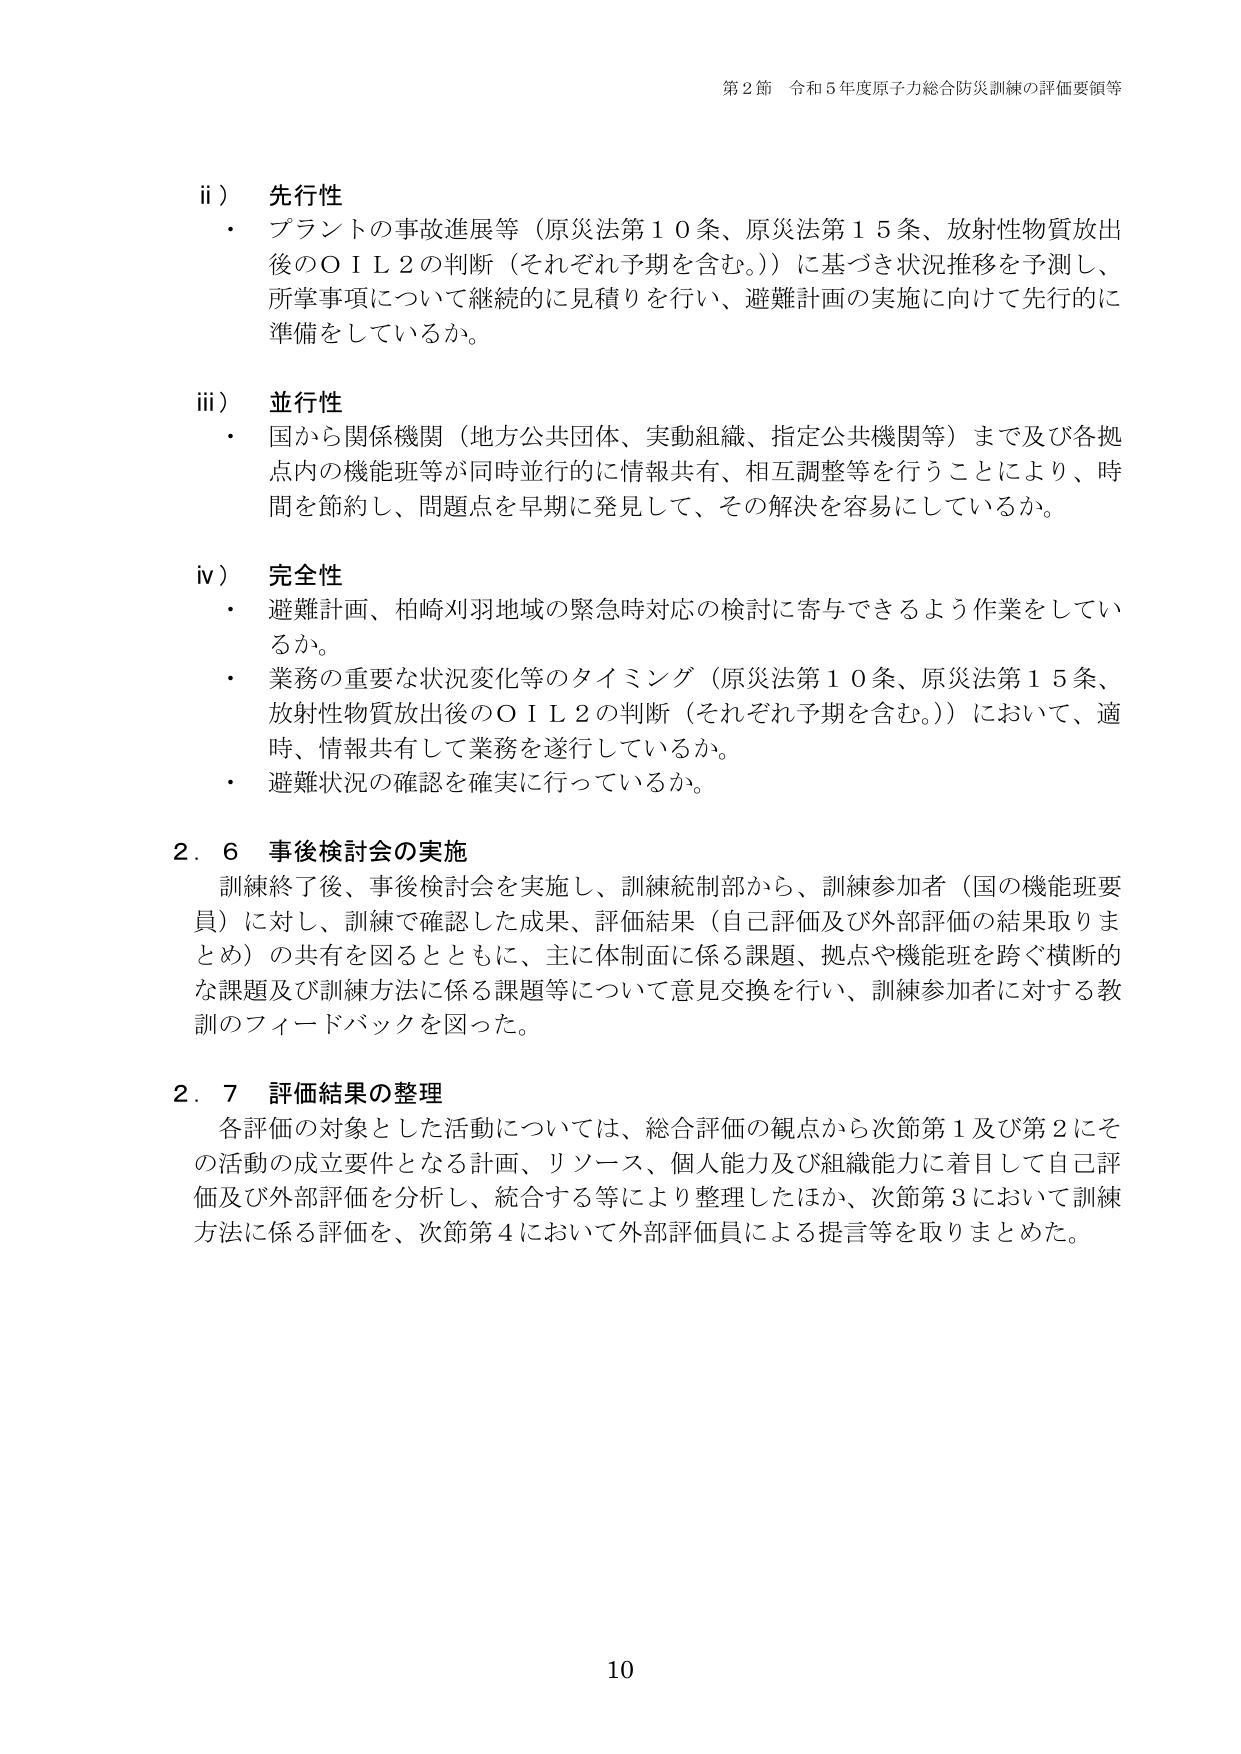
第2節 令和5年度原子力総合防災訓練の評価要領等

ii） 先行性
・ プラントの事故進展等（原災法第10条、原災法第15条、放射性物質放出後のOIL2の判断（それぞれ予期を含む。））に基づき状況推移を予測し、所掌事項について継続的に見積りを行い、避難計画の実施に向けて先行的に準備をしているか。

iii） 並行性
・ 国から関係機関（地方公共団体、実動組織、指定公共機関等）まで及び各拠点内の機能班等が同時並行的に情報共有、相互調整等を行うことにより、時間を節約し、問題点を早期に発見して、その解決を容易にしているか。

iv） 完全性
・ 避難計画、柏崎刈羽地域の緊急時対応の検討に寄与できるよう作業をしているか。
・ 業務の重要な状況変化等のタイミング（原災法第10条、原災法第15条、放射性物質放出後のOIL2の判断（それぞれ予期を含む。））において、適時、情報共有して業務を遂行しているか。
・ 避難状況の確認を確実に行っているか。

2.6 事後検討会の実施
訓練終了後、事後検討会を実施し、訓練統制部から、訓練参加者（国の機能班要員）に対し、訓練で確認した成果、評価結果（自己評価及び外部評価の結果取りまとめ）の共有を図るとともに、主に体制面に係る課題、拠点や機能班を跨ぐ横断的な課題及び訓練方法に係る課題等について意見交換を行い、訓練参加者に対する教訓のフィードバックを図った。

2.7 評価結果の整理
各評価の対象とした活動については、総合評価の観点から次節第1及び第2にその活動の成立要件となる計画、リソース、個人能力及び組織能力に着目して自己評価及び外部評価を分析し、統合する等により整理したほか、次節第3において訓練方法に係る評価を、次節第4において外部評価員による提言等を取りまとめた。

10